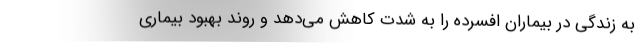
به زندگی در بیماران افسرده را به شدت کاهش می‌دهد و روند بهبود بیماری